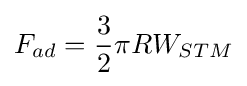
F_{ad}={\frac {3}{2}}\pi RW_{STM}